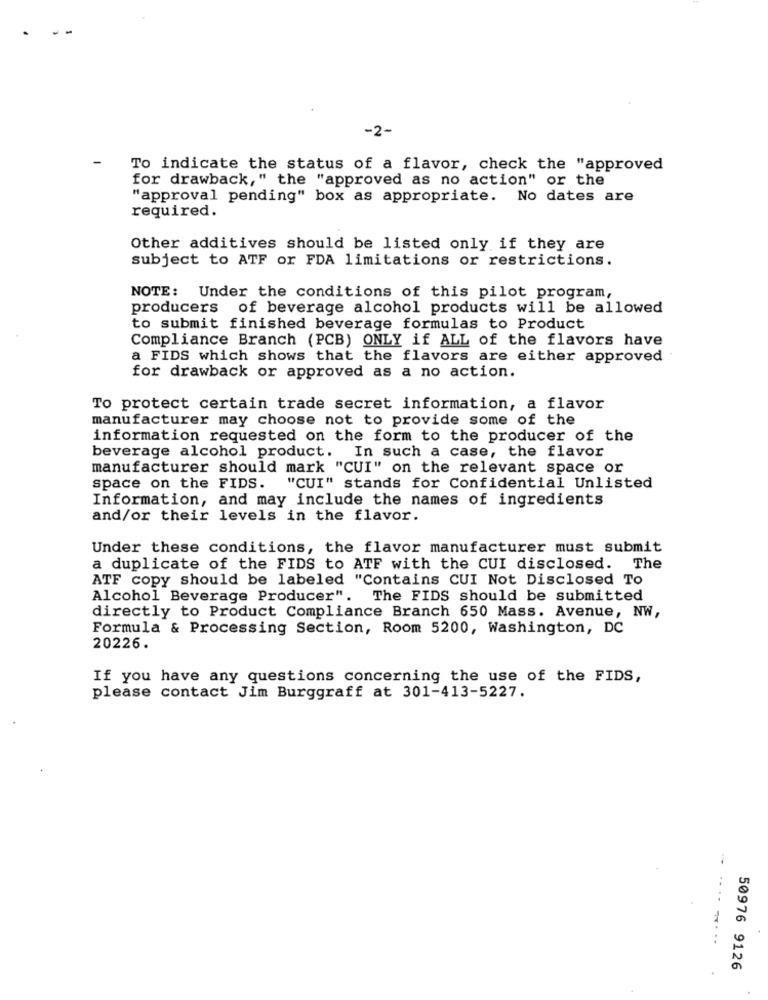
-2-
To indicate the status of a flavor, check the "approved
for drawback," the "approved as no action" or the
"approval pending" box as appropriate. No dates are
required.
Other additives should be listed only if they are
subject to ATF or FDA limitations or restrictions.
NOTE: Under the conditions of this pilot program,
producers of beverage alcohol products will be allowed
to submit finished beverage formulas to Product
Compliance Branch (PCB) ONLY if ALL of the flavors have
a FIDS which shows that the flavors are either approved
for drawback or approved as a no action.
To protect certain trade secret information, a flavor
manufacturer may choose not to provide some of the
information requested on the form to the producer of the
beverage alcohol product. In such a case, the flavor
manufacturer should mark "CUI" on the relevant space or
space on the FIDS.
"CUI" stands for Confidential Unlisted
Information, and may include the names of ingredients
and/or their levels in the flavor.
Under these conditions, the flavor manufacturer must submit
a duplicate of the FIDS to ATF with the CUI disclosed. The
ATF copy should be labeled "Contains CUI Not Disclosed To
Alcohol Beverage Producer". The FIDS should be submitted
directly to Product Compliance Branch 650 Mass. Avenue, NW,
Formula & Processing Section, Room 5200, Washington, DC
20226.
If you have any questions concerning the use of the FIDS,
please contact Jim Burggraff at 301-413-5227.
50976 9126